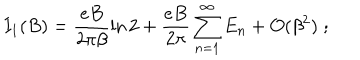
I _ { 1 } ( B ) = \frac { e B } { 2 \pi \beta } \ln 2 + \frac { e B } { 2 \pi } \sum _ { n = 1 } ^ { \infty } E _ { n } + { \cal { O } } ( \beta ^ { 2 } ) \; ;